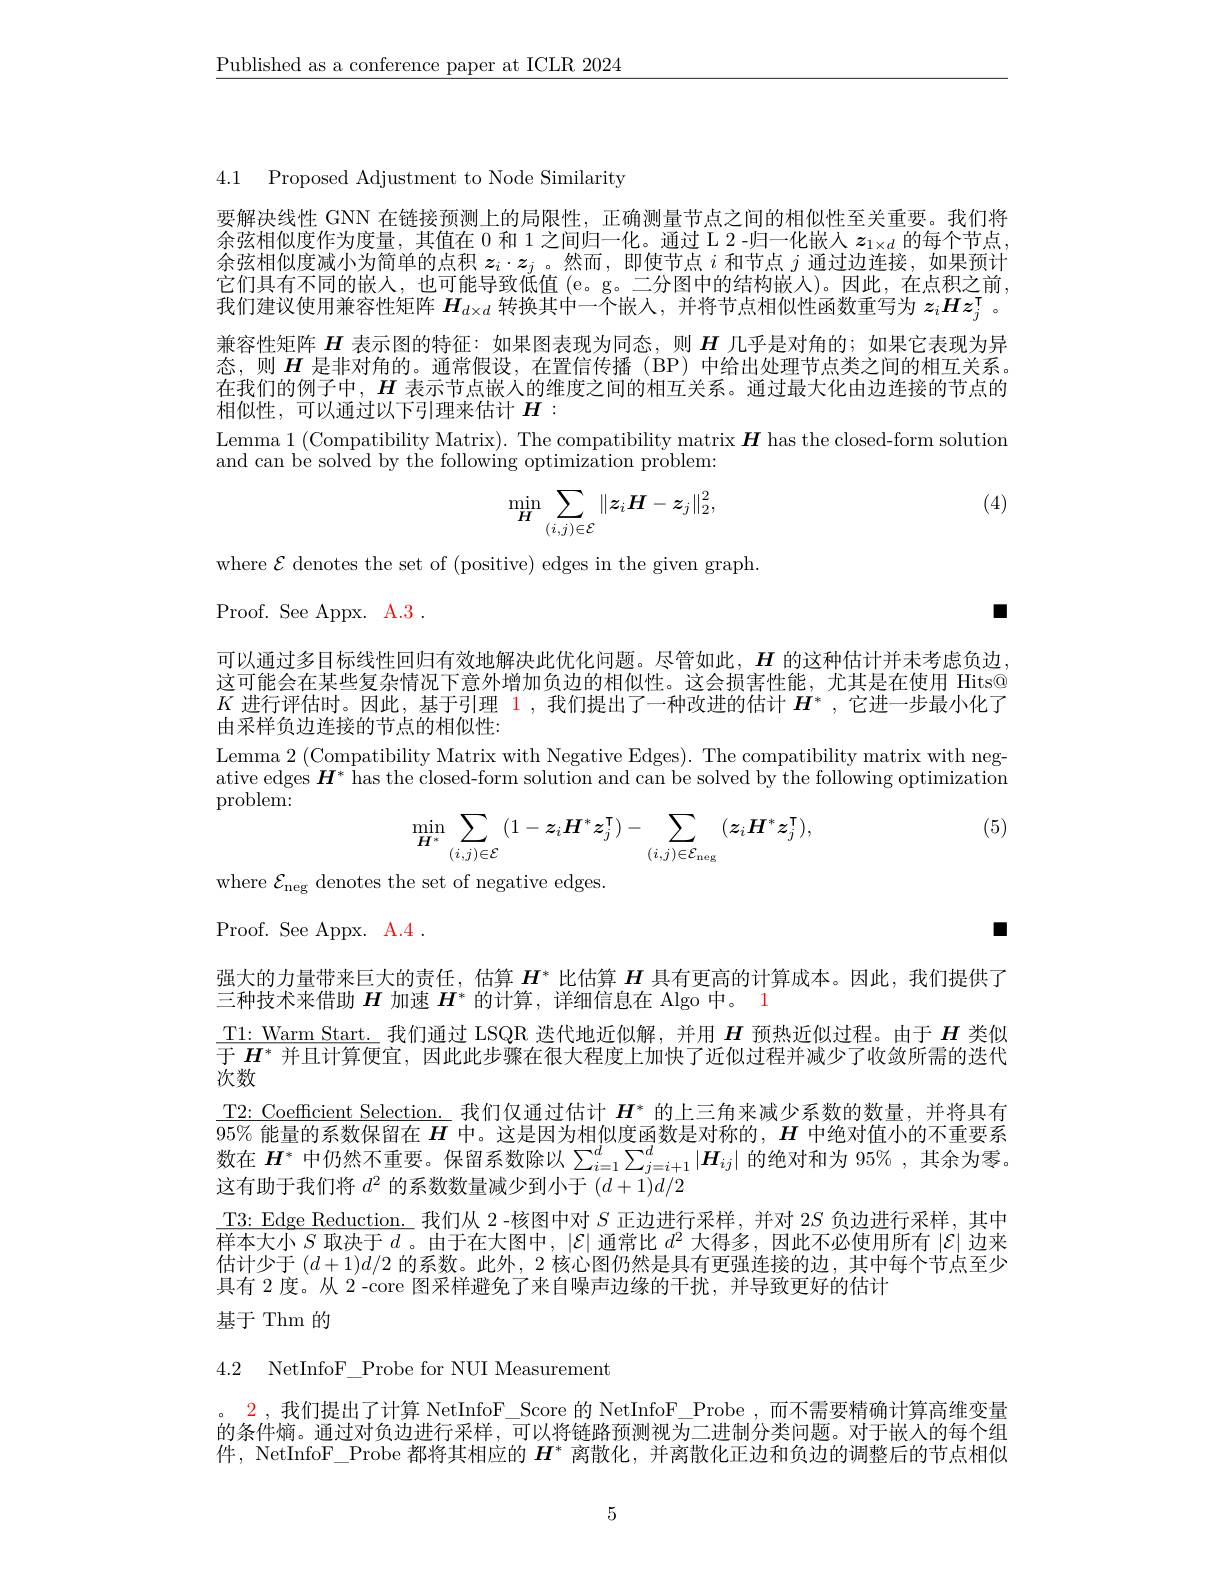
$\underline{\text{Published as a conference paper at ICLR 2024}}$

4.1 Proposed Adjustment to Node Similarity

要解决线性 GNN 在链接预测上的局限性，正确测量节点之间的相似性至关重要。我们将余弦相似度作为度量，其值在 0 和 1 之间归一化。通过 L 2 -归一化嵌入$z_{1\times d}$的每个节点余弦相似度减小为简单的点积$z_i\cdot z_j$ 。然而，即使节点$i$和节点$j$通过边连接，如果预计它们具有不同的嵌人，也可能导致低值(e。g。二分图中的结构嵌入)。因此，在点积之前， 我们建议使用兼容性矩阵$H_{d\times d}$转换其中一个嵌人，并将节点相似性函数重写为$z_i\boldsymbol{Hz}_j^\mathrm{\intercal}$ 。兼容性矩阵$H$表示图的特征：如果图表现为同态，则$H$几乎是对角的；如果它表现为异态，则$H$是非对角的。通常假设，在置信传播(BP) 中给出处理节点类之间的相互关系。在我们的例子中，$H$表示节点嵌入的维度之间的相互关系。通过最大化由边连接的节点的相似性，可以通过以下引理来估计$H:$
Lemma 1 (Compatibility Matrix). The compatibility matrix $\boldsymbol{H}$ has the closed-form solution
and can be solved by the following optimization problem:

(4)
$$\min_{H}\sum_{(i,j)\in\mathcal{E}}\|z_iH-z_j\|_2^2,$$
where $\mathcal{E}$ denotes the set of (positive) edges in the given graph.

口

Proof. See Appx. A.3 .

可以通过多目标线性回归有效地解决此优化问题。尽管如此，$H$的这种估计并未考虑负边， 这可能会在某些复杂情况下意外增加负边的相似性。这会损害性能，尤其是在使用 Hits@ $K$进行评估时。因此，基于引理 1,我们提出了一种改进的估计$H^*$ ,它进一步最小化了由采样负边连接的节点的相似性：
Lemma 2 (Compatibility Matrix with Negative Edges). The compatibility matrix with negative edges $\boldsymbol{H}^*$ has the closed-form solution and can be solved by the following optimization problem:

(5)
$$\min\limits_{H^*}\sum\limits_{(i,j)\in\mathcal{E}}(1-\boldsymbol{z}_i\boldsymbol{H}^*\boldsymbol{z}_j^\mathsf{T})-\sum\limits_{(i,j)\in\mathcal{E}_\mathrm{neg}}(\boldsymbol{z}_i\boldsymbol{H}^*\boldsymbol{z}_j^\mathsf{T}),$$
where $\mathcal{E}_\mathrm{neg}$ denotes the set of negative edges.

Proof. See Appx. A.4 .

$\blacksquare$

强大的力量带来巨大的责任，估算$H^*$比估算$H$具有更高的计算成本。因此，我们提供了
三种技术来借助$H$加速$H^*$的计算，详细信息在 Algo 中。1
$\underline{\text{T1: Warm Start. 我们通过 LSQR 迭代地近似解，并用 }H}$预热近似过程。由于$H$类似$\overline{\text{于 }H^*\text{ 并且计算便宜，因此此步骤在很大程度上加快了近似过程并减少了收敛所需的迭代}}$ 次数
$\underline{\text{T2: Coefficient Selection. }}$我们仅通过估计 $H^*$ 的上三角来减少系数的数量，并将具有$\overline{95\%\text{ 能量的系数保留在 }H}$中。这是因为相似度函数是对称的，$H$中绝对值小的不重要系数在$H^*$中仍然不重要。保留系数除以$\sum_{i=1}^d\sum_{j=i+1}^d|\boldsymbol{H}_{ij}|$的绝对和为 95% ,其余为零。这有助于我们将$d^2$的系数数量减少到小于$(d+1)d/2$
$\underline{\text{T3: Edge Reduction. 我们从 2-核图中对 }S\text{ 正边进行采样，并对 }2S\text{ 负边进行采样，其中}}$ 样本大小$S$取决于$d$ 。由于在大图中，$|\mathcal{E}|$通常比$d^2$大得多，因此不必使用所有$|\mathcal{E}|$边来估计少于$(d+1)d/2$的系数。此外，2核心图仍然是具有更强连接的边，其中每个节点至少具有 2 度。从 2 -core 图采样避免了来自噪声边缘的干扰，并导致更好的估计

基于 Thm 的

4.2 NetInfoF\_Probe for NUI Measurement

。2 , 我们提出了计算 NetInfoF\_Score 的 NetInfoF\_Probe ,而不需要精确计算高维变量的条件熵。通过对负边进行采样，可以将链路预测视为二进制分类问题。对于嵌人的每个组件，NetInfoF\_Probe 都将其相应的$H^*$离散化，并离散化正边和负边的调整后的节点相似

5